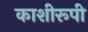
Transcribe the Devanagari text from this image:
काशीरूपी